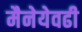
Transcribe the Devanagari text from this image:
मैनेयेवढी